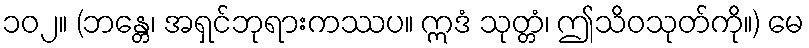
၁၀၂။ (ဘန္တေ၊ အရှင်ဘုရားကဿပ။ ဣဒံ သုတ္တံ၊ ဤသိဝသုတ်ကို။) မေ